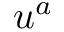
u ^ { a }